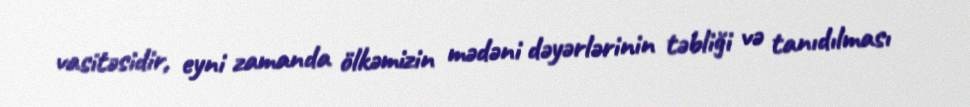
vasitəsidir, eyni zamanda ölkəmizin mədəni dəyərlərinin təbliği və tanıdılması